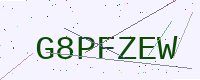
Text: G8PFZEW